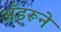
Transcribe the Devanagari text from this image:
अँड्रूने